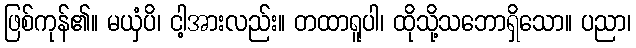
ဖြစ်ကုန်၏။ မယှံပိ၊ ငါ့အားလည်း။ တထာရူပါ၊ ထိုသို့သဘောရှိသော။ ပညာ၊